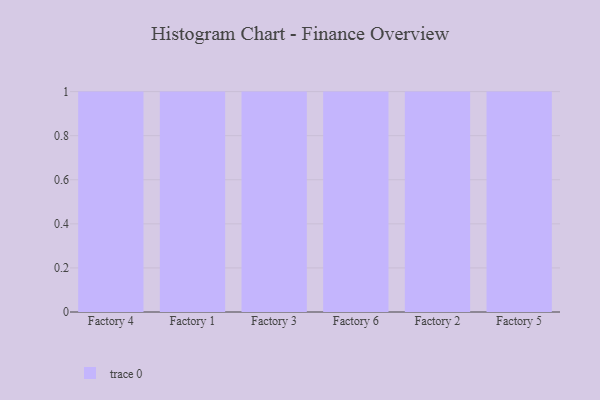
{"axis": {"x": "Factory", "y": "Website Visitors"}, "legend": [""], "data": [{"x": "Factory 4", "y": 70, "type": ""}, {"x": "Factory 1", "y": 98, "type": ""}, {"x": "Factory 3", "y": 11, "type": ""}, {"x": "Factory 6", "y": 14, "type": ""}, {"x": "Factory 2", "y": 26, "type": ""}, {"x": "Factory 5", "y": 62, "type": ""}]}